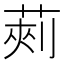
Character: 𮏯